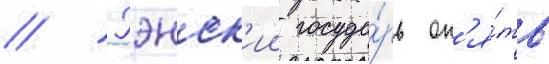
// Гэнск'ии госуда́рь оп'я́ть